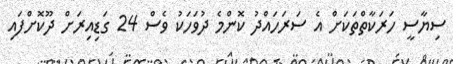
ސިޔާސީ ހަރަކާތްތަކަށް އެ ސަރަހައްދު ކޮންމެ ދުވަހަކު ވެސް 24 ގަޑިއިރަށް ދޫކޮށްފައި